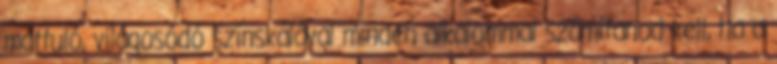
mattuló, világosódó színskálával minden alkalommal számítanod kell, ha a